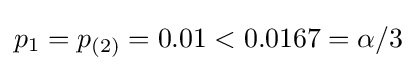
p_{1}=p_{(2)}=0.01<0.0167=\alpha /3